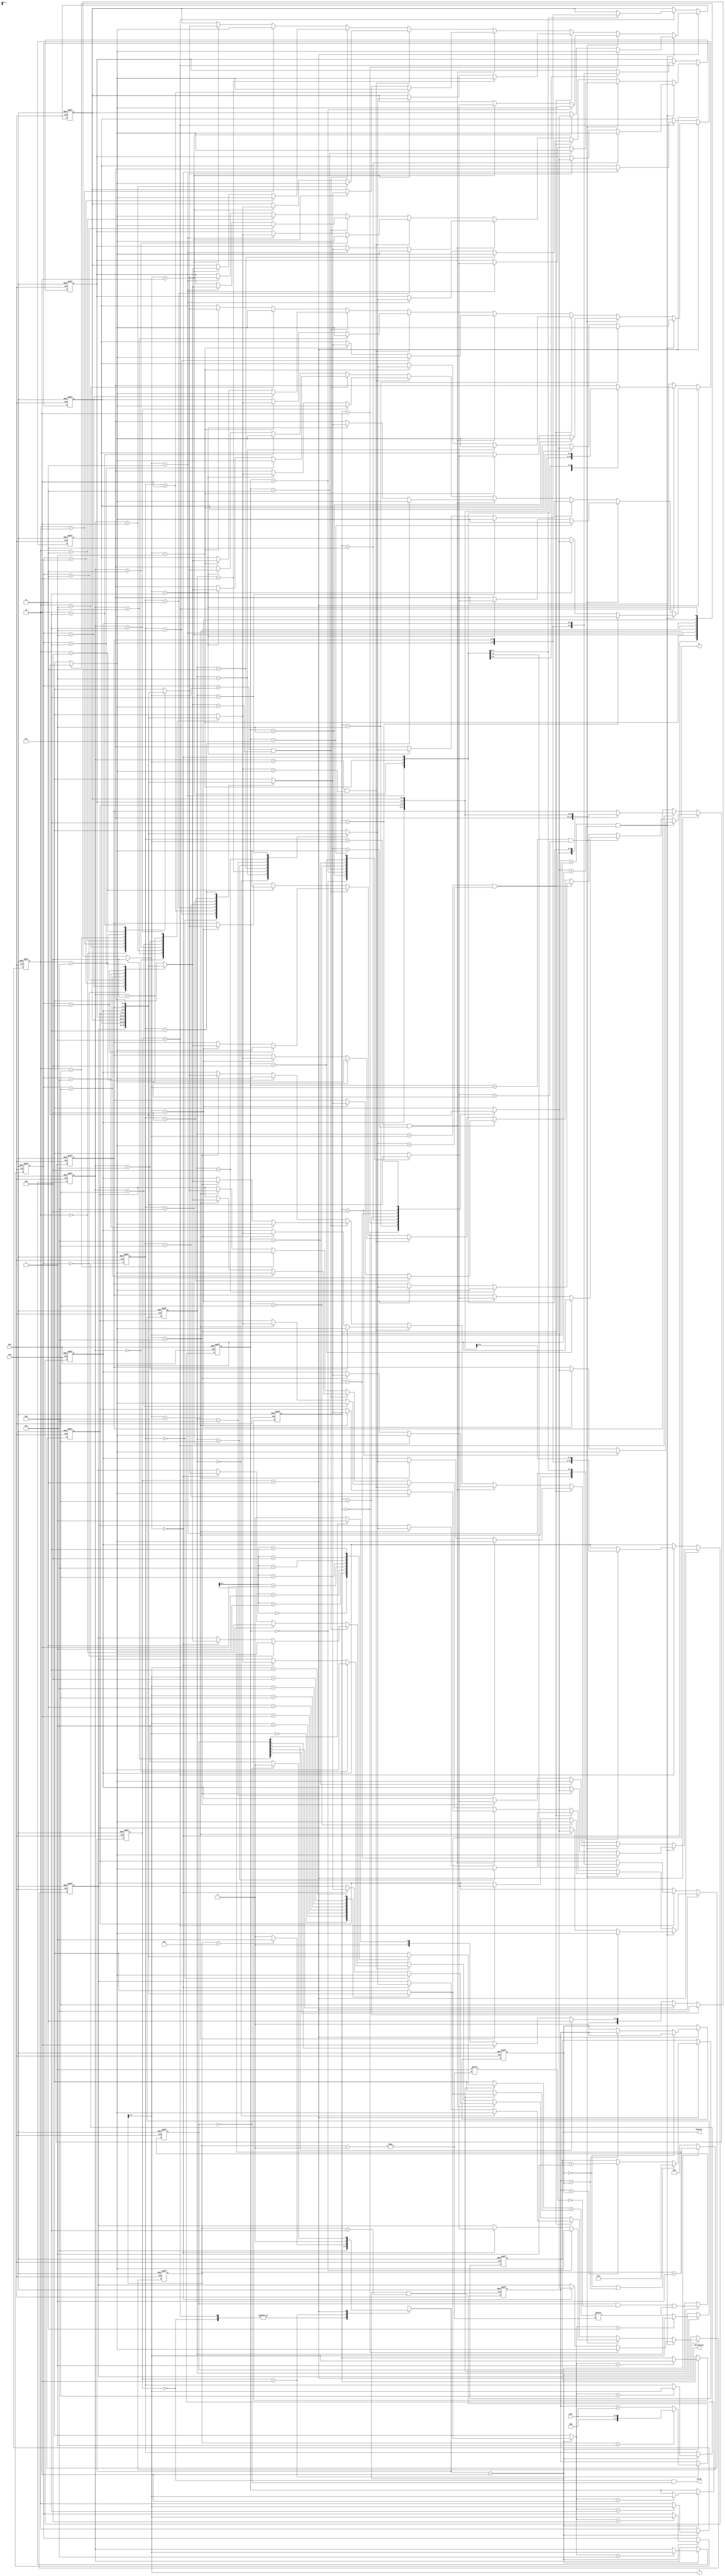
module JAM (
input CLK,
input RST,
output  [2:0] W,
output  [2:0] J,
input [6:0] Cost,
output reg [3:0] MatchCount,
output reg [9:0] MinCost,
output Valid );

//================================================================
//  integer / genvar / parameters
//================================================================
integer i;
parameter STATE_IDLE = 2'd0, STATE_SORT0 = 2'd1,
          STATE_INPUT = 2'd2, STATE_OUTPUT = 2'd3;
genvar idx;
//================================================================
//   Wires & Registers 
//================================================================
reg [1:0] cur_state, nx_state;
reg [2:0] job[0:7];
reg [3:0] cnt;
reg [9:0] costTemp;
reg [2:0]  index; //changepoint index
reg [2:0] index2[0:7];
reg [6:0]  match;
wire flag[0:7];

always @(posedge CLK or posedge RST) begin
    if(RST) begin
        for(i=0; i<7; i=i+1) match[i] <= 1;
    end
    else if( nx_state == STATE_INPUT && cnt <7 ) match[cnt] <= ( job[cnt+1] > job[cnt] );
end

always @(posedge CLK or posedge RST) begin
    if(RST) begin
        for( i=0; i<8; i=i+1 ) index2[i] <= i;
    end
    else if( nx_state == STATE_INPUT ) index2[job[cnt]] <= cnt;
end
assign flag[0] = 0; 

generate
    for( idx=1; idx<8; idx=idx+1 ) begin
        assign flag[idx] = ( index2[idx] > index && job[index2[idx]] > job[index] ) ;
    end
endgenerate


//================================================================
//  INPUT
//================================================================

//// job ///
always @(posedge CLK or posedge RST) begin
    if(RST) begin
        for(i=0;i<8;i=i+1) job[i] <= i;
    end
    else if(cur_state == STATE_OUTPUT) begin
        if( flag[1] ) begin
            job[index] <= job[index2[1]];
            job[index2[1]] <= job[index];  
        end
        else if( flag[2] ) begin
            job[index] <= job[index2[2]];
            job[index2[2]] <= job[index];
        end
        else if( flag[3] ) begin
            job[index] <= job[index2[3]];
            job[index2[3]] <= job[index]; 
        end
        else if( flag[4] ) begin
            job[index] <= job[index2[4]];
            job[index2[4]] <= job[index];  
        end
        else if( flag[5] ) begin
            job[index] <= job[index2[5]];
            job[index2[5]] <= job[index];  
        end
        else if( flag[6] ) begin
            job[index] <= job[index2[6]];
            job[index2[6]] <= job[index]; 
        end
        else begin // flag[7]
            job[index] <= job[index2[7]];
            job[index2[7]] <= job[index];  
        end
    end
    else if(cur_state == STATE_SORT0) begin
        case(index) 
            5:  begin
                job[7] <= job[6];
                job[6] <= job[7];
            end
            4:  begin
                job[7] <= job[5];
                job[5] <= job[7];
            end
            3:  begin
                job[7] <= job[4];
                job[6] <= job[5];
                job[5] <= job[6];
                job[4] <= job[7];
            end
            2:  begin
                job[7] <= job[3];
                job[6] <= job[4];
                job[4] <= job[6];
                job[3] <= job[7];
            end 
            1:  begin
                job[7] <= job[2];
                job[6] <= job[3];
                job[5] <= job[4];
                job[4] <= job[5];
                job[3] <= job[6];
                job[2] <= job[7];
            end
            0:  begin
                job[7] <= job[1];
                job[6] <= job[2];
                job[5] <= job[3];
                job[3] <= job[5];
                job[2] <= job[6];
                job[1] <= job[7];
            end
        endcase
    end
end

//// match ////
always @( * ) begin
    if(match[6] == 1) index = 6;
    else if(match[5] == 1) index = 5;
    else if(match[4] == 1) index = 4;
    else if(match[3] == 1) index = 3;
    else if(match[2] == 1) index = 2;
    else if(match[1] == 1) index = 1;
    else index = 0;
end
 
//================================================================
//  CONTROL_SIGNAL
//================================================================
//// cnt ////
always @(posedge CLK or posedge RST) begin
    if(RST) cnt <= 0;
    else if(nx_state == STATE_INPUT)  cnt <=  cnt + 1;
    else    cnt <= 0;
end

//================================================================
//  OUTPUT_SIGNAL
//================================================================

assign W = job[cnt] ;
assign J = cnt ;

//// costTemp ////
always @(posedge CLK or posedge RST) begin
    if(RST) costTemp <= 0;
    else if(cur_state == STATE_INPUT) begin
        if( cnt == 1 ) costTemp <= Cost;
        else costTemp <= costTemp + Cost;
    end
end

//// MinCost ////
always @(posedge CLK or posedge RST) begin
    if(RST) MinCost <= 0;
    else if(cur_state == STATE_OUTPUT) begin
        if(MinCost == 0)      MinCost <= costTemp;
        else if(costTemp < MinCost) MinCost <= costTemp;
    end
end

//// MatchCount ////
always @(posedge CLK or posedge RST) begin
    if(RST) MatchCount <= 1;
    else if(cur_state == STATE_OUTPUT) begin
        if(MinCost == 0 || costTemp < MinCost)    MatchCount <= 1;
        else if(costTemp == MinCost)    MatchCount <= MatchCount + 1;
    end
end  

//// Valid ////

assign Valid = ( cur_state == STATE_IDLE && match == 0);

//================================================================
//  FSM
//================================================================
always @( posedge CLK or posedge RST ) begin
	if( RST ) cur_state <= STATE_IDLE;
	else cur_state <= nx_state;
end

always @( * ) begin
	case( cur_state ) 
	STATE_IDLE:     nx_state = STATE_INPUT;
    STATE_SORT0:    nx_state = STATE_INPUT;
	STATE_INPUT:    nx_state = (cnt == 8) ? STATE_OUTPUT : STATE_INPUT;
    STATE_OUTPUT:   nx_state = ( match == 0  ) ? STATE_IDLE : STATE_SORT0;
    default:        nx_state = STATE_IDLE;
	endcase	
end

endmodule